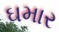
ઘમાર